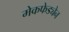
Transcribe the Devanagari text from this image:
मेकफेड्येन